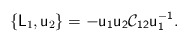
\begin{align*}\{\mathsf{L}_1 , \mathsf{u}_2 \} =-\mathsf{u_1u_2\mathcal{C}_{12}u_1^{-1}}.\end{align*}